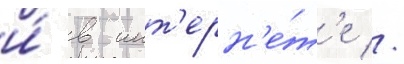
и́ в инт'ерн'е́т'е //